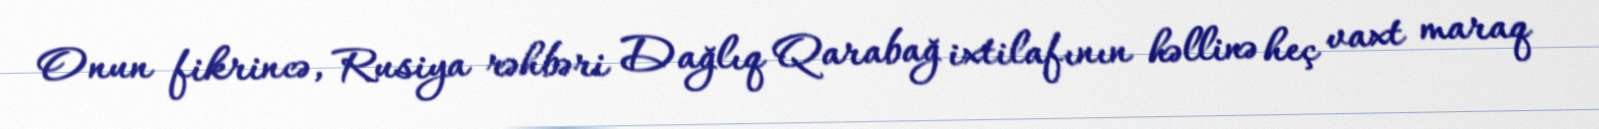
Onun fikrincə, Rusiya rəhbəri Dağlıq Qarabağ ixtilafının həllinə heç vaxt maraq